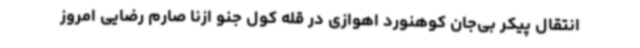
انتقال پیکر بی‌جان کوهنورد اهوازی در قله کول جنو ازنا صارم رضایی امروز